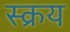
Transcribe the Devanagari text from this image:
स्क्रय